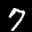
Label: 7